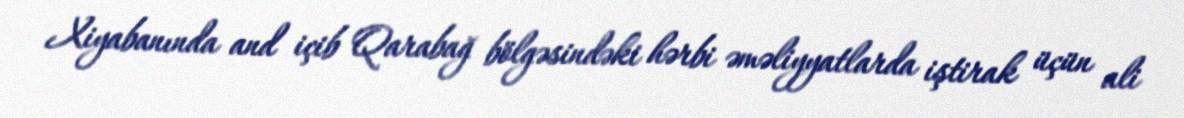
Xiyabanında and içib Qarabağ bölgəsindəki hərbi əməliyyatlarda iştirak üçün ali